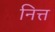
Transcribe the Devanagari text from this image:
नित्त